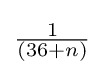
{\textstyle {\frac {1}{(36+n)}}}